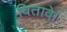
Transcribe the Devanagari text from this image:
बितावे।